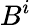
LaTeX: B^{i}